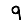
Digit: 9